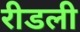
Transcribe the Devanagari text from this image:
रीडली